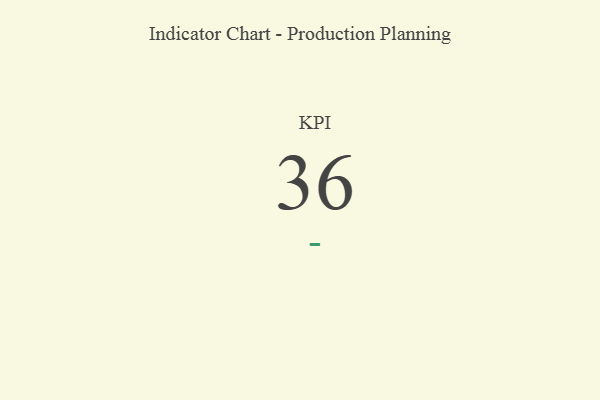
{"axis": {"x": "KPI", "y": "Value"}, "legend": [""], "data": [{"x": "KPI", "y": 36, "type": ""}]}